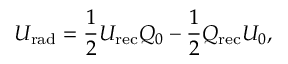
U _ { \mathrm { { r a d } } } = \frac { 1 } { 2 } U _ { \mathrm { { r e c } } } Q _ { 0 } - \frac { 1 } { 2 } Q _ { \mathrm { { r e c } } } U _ { 0 } ,